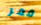
قمر